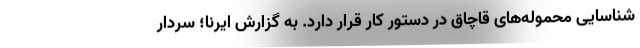
شناسایی محموله‌های قاچاق در دستور کار قرار دارد. به گزارش ایرنا؛ سردار